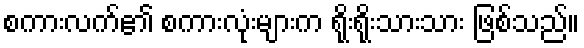
စကားလက်၏ စကားလုံးများက ရိုးရိုးသားသား ဖြစ်သည်။